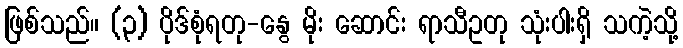
ဖြစ်သည်။ (၃) ပိုဒ်စုံရတု-နွေ မိုး ဆောင်း ရာသီဥတု သုံးပါးရှိ သကဲ့သို့